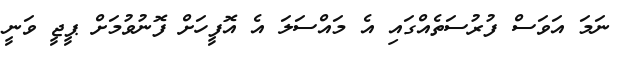
ނަމަ އަވަސް ފުރުސަތެއްގައި އެ މައްސަލަ އެ އޮފީހަށް ފޮނުވުމަށް ޕީޖީ ވަނީ